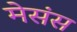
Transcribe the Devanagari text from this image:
मेसंस